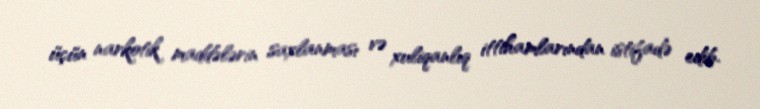
üçün narkotik maddələrin saxlanması və xuliqanlıq ittihamlarından istifadə edib.